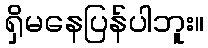
ရှိမနေပြန်ပါဘူး။